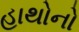
હાથોનો